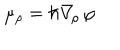
\mu _ { \rho } = \hbar \nabla \! _ { \rho } \, \varphi